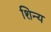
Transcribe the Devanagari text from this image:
शिन्य